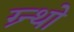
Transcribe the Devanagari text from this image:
ग्र्न्थो